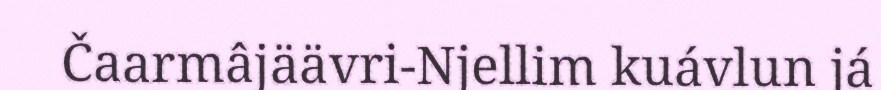
Čaarmâjäävri-Njellim kuávlun já